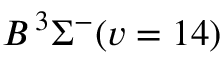
B \, { } ^ { 3 } \Sigma ^ { - } ( v = 1 4 )